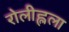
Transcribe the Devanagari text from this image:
रोलीह्लला